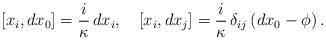
LaTeX: \begin{align*}[x_i, dx_0] = \frac i\kappa\, dx_i, \quad [x_i, dx_j] = \frac i\kappa\,\delta_{ij} \left( dx_0 - \phi\right).\end{align*}